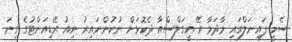
ސެމީ ފައިނަލްގައި މާދަމާ ރޭ އީގަލްސްއާ ދެކޮޅަށް ނުކުންނައިރު ނިއު ރޭޑިއަންޓުގެ ގިނަ